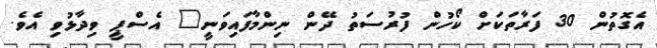
އެގޮތުން 30 ފަރާތަކަށް ކޯހުން ފުރުސަތު ދޭން ނިންމާފައިވަނީ" އެސްޕީ ވިދާޅުވި އެވެ.